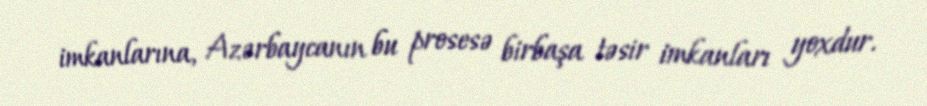
imkanlarına, Azərbaycanın bu prosesə birbaşa təsir imkanları yoxdur.